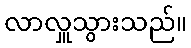
လာလှူသွားသည်။